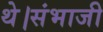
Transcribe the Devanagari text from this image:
थे।संभाजी